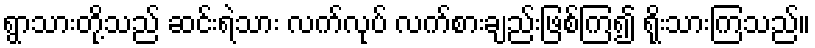
ရွာသားတို့သည် ဆင်းရဲသား လက်လုပ် လက်စားချည်းဖြစ်ကြ၍ ရိုးသားကြသည်။